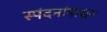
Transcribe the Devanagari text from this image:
स्पंदनांपासून